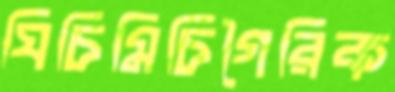
ঘিচিমিচিগৈরিক